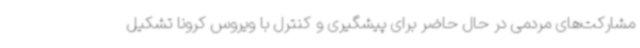
مشارکت‌های مردمی در حال حاضر برای پیشگیری و کنترل با ویروس کرونا تشکیل